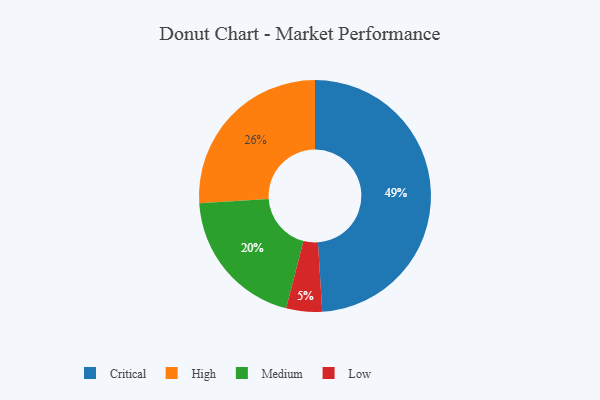
{"axis": {"x": "Category", "y": "Percentage"}, "legend": ["Critical", "High", "Low", "Medium"], "data": [{"x": "Medium", "y": 20, "type": "Medium"}, {"x": "Critical", "y": 49, "type": "Critical"}, {"x": "Low", "y": 5, "type": "Low"}, {"x": "High", "y": 26, "type": "High"}]}